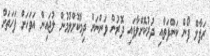
ރަފާލް ފޯން ކަންފަތާއި ދުރުކޮށްލާފައި ދޮރުން ވަންނަން ދިމާކޮށްލުމުން ލުޖައިން އަވަހަށް ފަހަތަށް